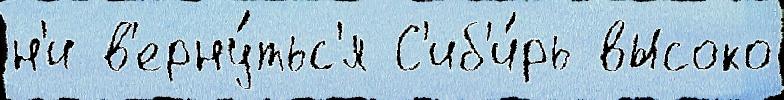
н'и в'ерну́тьс'я С'иб'и́рь высоко